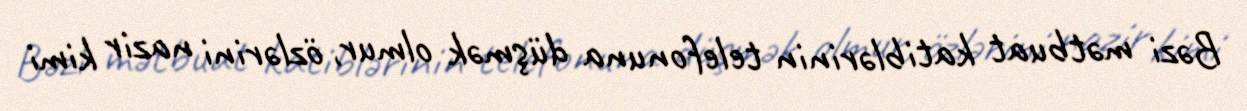
Bəzi mətbuat katiblərinin telefonuna düşmək olmur, özlərini nazir kimi